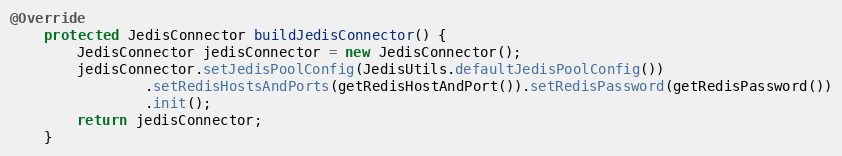
Language: Java
@Override
    protected JedisConnector buildJedisConnector() {
        JedisConnector jedisConnector = new JedisConnector();
        jedisConnector.setJedisPoolConfig(JedisUtils.defaultJedisPoolConfig())
                .setRedisHostsAndPorts(getRedisHostAndPort()).setRedisPassword(getRedisPassword())
                .init();
        return jedisConnector;
    }